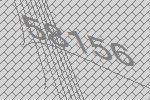
58156